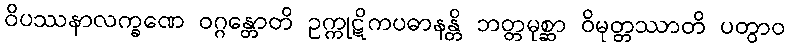
ဝိပဿနာလက္ခဏေ ဝဂ္ဂန္တောတိ ဥက္ကုဋိကပဓာနန္တိ ဘတ္တမုစ္ဆာ ဝိမုတ္တဿာတိ ပတွာဝ